Indian journal of veterinary science and animal husbandry - Volume 7,
Year: 1937
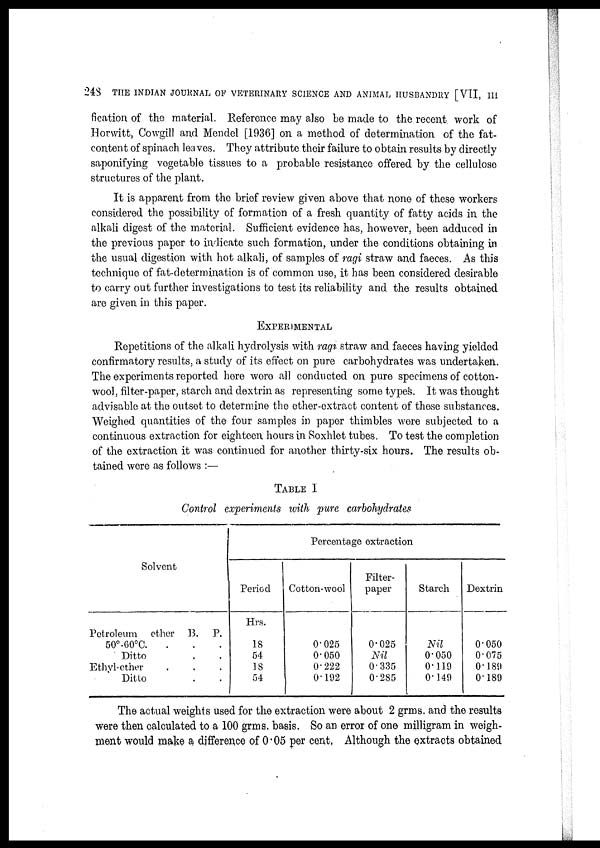
248 THE INDIAN JOURNAL OF VETERINARY SCIENCE AND ANIMAL HUSBANDRY [VII, III
fication of the material. Reference may also be made to the recent work of
Horwitt, Cowgill and Mendel [1936] on a method of determination of the fat-
content of spinach leaves. They attribute their failure to obtain results by directly
saponifying vegetable tissues to a probable resistance offered by the cellulose
structures of the plant.
It is apparent from the brief review given above that none of these workers
considered the possibility of formation of a fresh quantity of fatty acids in the
alkali digest of the material. Sufficient evidence has, however, been adduced in
the previous paper to indicate such formation, under the conditions obtaining in
the usual digestion with hot alkali, of samples of ragi straw and faeces. As this
technique of fat-determination is of common use, it has been considered desirable
to carry out further investigations to test its reliability and the results obtained
are given in this paper.
EXPERIMENTAL
Repetitions of the alkali hydrolysis with ragi straw and faeces having yielded
confirmatory results, a study of its effect on pure carbohydrates was undertaken.
The experiments reported here were all conducted on pure specimens of cotton-
wool, filter-paper, starch and dextrin as representing some types. It was thought
advisable at the outset to determine the ether-extract content of these substances.
Weighed quantities of the four samples in paper thimbles were subjected to a
continuous extraction for eighteen hours in Soxhlet tubes. To test the completion
of the extraction it was continued for another thirty-six hours. The results ob-
tained were as follows :—
TABLE I
Control experiments with pure carbohydrates
Solvent
Petroleum ether B. P.
50°-60°C. . . .
Ditto . .
Ethyl-ether . . .
Ditto . .
Percentage extraction
Period
Hrs.
18
54
18
54
Cotton-wool
0.025
0.050
0.222
0.192
Filter-
paper
0.025
Nil
0.335
0.285
Starch
Nil
0.050
0.119
0.149
Dextrin
0.050
0.075
0.189
0.189
The actual weights used for the extraction were about 2 grms. and the results
were then calculated to a 100 grms. basis. So an error of one milligram in weigh¬
ment would make a difference of 0.05 per cent. Although the extracts obtained